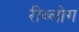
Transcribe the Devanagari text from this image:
रीब्लोग